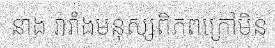
នាង រារាំងមនុស្សពិភពក្រៅមិន